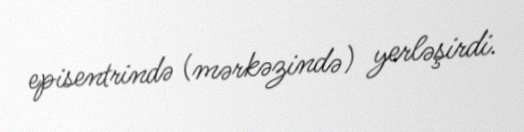
episentrində (mərkəzində) yerləşirdi.